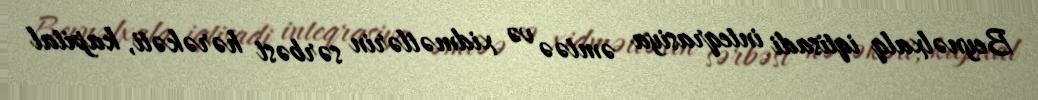
Beynəlxalq iqtisadi inteqrasiya əmtəə və xidmətlərin sərbəst hərəkəti, kapital